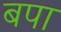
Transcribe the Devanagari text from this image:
बपा